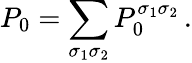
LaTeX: P_{0}=\sum_{\sigma_{1}\sigma_{2}}P_{0}^{\sigma_{1}\sigma_{2}}\, .